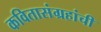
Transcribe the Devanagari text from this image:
कवितासंग्रहांची